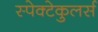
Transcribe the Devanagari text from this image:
स्पेक्टेकुलर्स